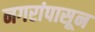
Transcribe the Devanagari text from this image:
नगरांपासून